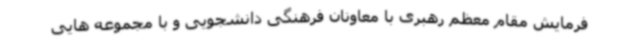
فرمایش مقام معظم رهبری با معاونان فرهنگی دانشجویی و با مجموعه هایی